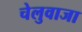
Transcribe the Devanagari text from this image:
चेलुवाजा